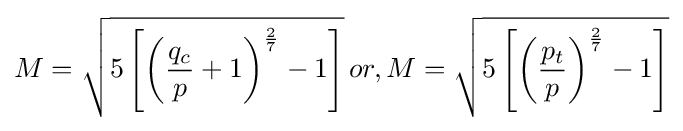
{M}={\sqrt {5\left[\left({\frac {q_{c}}{p}}+1\right)^{\frac {2}{7}}-1\right]}}\,or,{M}={\sqrt {5\left[\left({\frac {p_{t}}{p}}\right)^{\frac {2}{7}}-1\right]}}